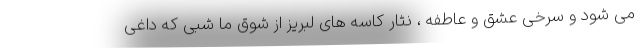
مى شود و سرخى عشق و عاطفه ، نثار کاسه هاى لبریز از شوق ما شبى که داغى